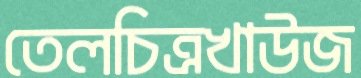
তেলচিত্রখাউজ